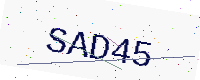
Text: SAD45